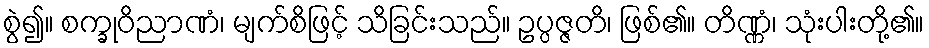
စွဲ၍။ စက္ခုဝိညာဏံ၊ မျက်စိဖြင့် သိခြင်းသည်။ ဥပ္ပဇ္ဇတိ၊ ဖြစ်၏။ တိဏ္ဏံ၊ သုံးပါးတို့၏။